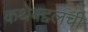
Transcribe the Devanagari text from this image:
कथेबद्दलची